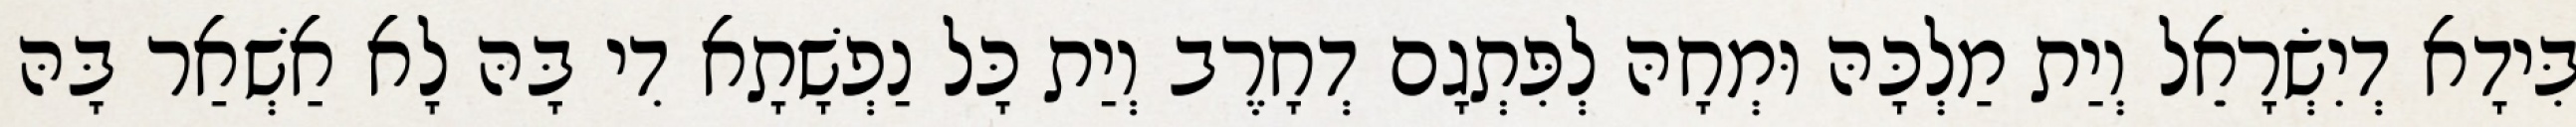
בִּידָא דְיִשְׂרָאֵל וְיַת מַלְכָּהּ וּמְחָהּ לְפִּתְגָם דְחָרֶב וְיַת כָּל נַפְשָׁתָא דִי בָּהּ לָא אַשְׁאַר בָּהּ